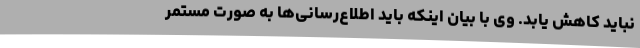
نباید کاهش یابد. وی با بیان اینکه باید اطلاع‌رسانی‌ها به صورت مستمر